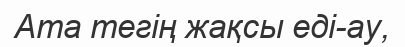
Ата тегің жақсы еді-ау,